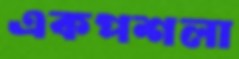
একপশলা